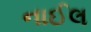
નાઈલ